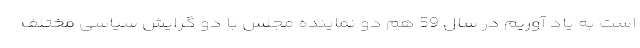
است به یاد آوریم در سال 59 هم دو نماینده مجلس با دو گرایش سیاسی مختلف